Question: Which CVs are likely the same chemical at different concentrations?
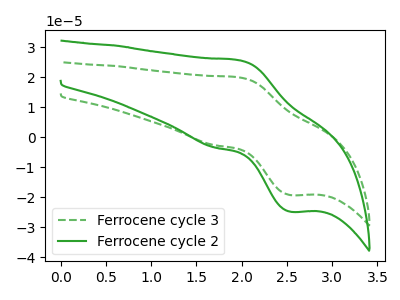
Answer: <think>The green dashed curve "Ferrocene cycle 3" has an anodic peak at (1.95V, 19.90uA) and a cathodic peak at (2.55V, -19.30uA). The green curve "Ferrocene cycle 2" has an anodic peak at (1.95V, 25.65uA) and a cathodic peak at (2.55V, -24.85uA).
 All the peaks in "Ferrocene cycle 3" have a peak in "Ferrocene cycle 2" at the same potential. Every peak in "Ferrocene cycle 3" is lower than every peak in "Ferrocene cycle 2".</think>
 <answer>"Ferrocene cycle 3" and "Ferrocene cycle 2" have the same shape and are likely CV's of the same chemical.</answer>
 <eval>"Ferrocene cycle 3" "Ferrocene cycle 2"</eval>